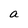
Character: a